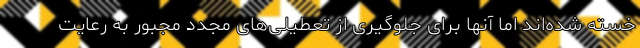
خسته شده‌اند اما آنها برای جلوگیری از تعطیلی‌های مجدد مجبور به رعایت